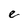
Character: e